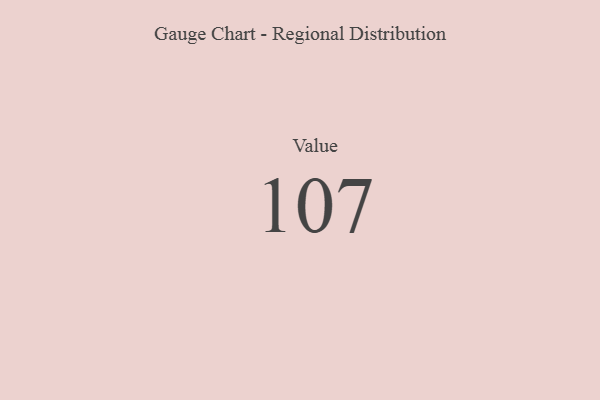
{"axis": {"x": "Metric", "y": "Value"}, "legend": [""], "data": [{"x": "Value", "y": 107, "type": ""}]}